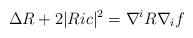
LaTeX: \begin{align*} \Delta R + 2 |Ric|^2 = \nabla^i R \nabla_i f \end{align*}